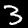
Label: 3